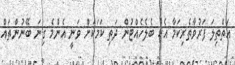
އަތްތިލަ ފަރުވާތެރިކަމާ އެކު ބެލެހެއްޓުން ދަތި ކަމަކަށް ވަނީ އެންމެ ގިނަ ބޭނުންތައް